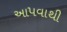
આ૫વાથી